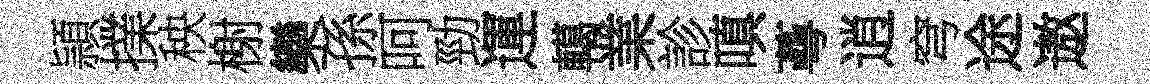
頴擈秧榭欒孫呵勁運轕業診嗔蕚逍穹途遨